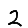
Digit: 2